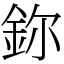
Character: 鉨